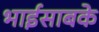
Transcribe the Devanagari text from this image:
भाईसाबके